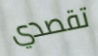
تقصدي